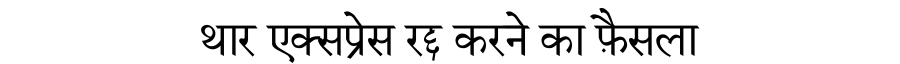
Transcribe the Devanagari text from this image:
थार एक्सप्रेस रद्द करने का फ़ैसला